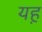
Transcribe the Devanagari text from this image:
यह़